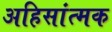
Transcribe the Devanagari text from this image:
अहिसांत्मक